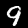
Digit: 9